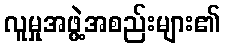
လူမှုအဖွဲ့အစည်းများ၏